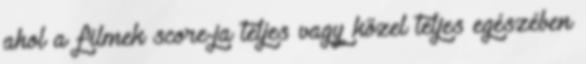
ahol a filmek score-ja teljes vagy közel teljes egészében